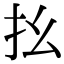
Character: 𢩼